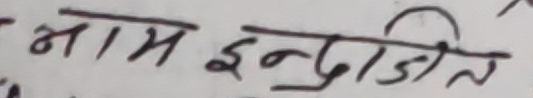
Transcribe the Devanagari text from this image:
नाम इन्द्रजित